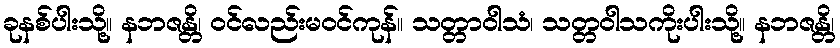
ခုနစ်ပါးသို့။ နဘဇန္တိ၊ ဝင်လည်းမဝင်ကုန်။ သတ္တာဝါသံ၊ သတ္တဝါသကိုးပါးသို့။ နဘဇန္တိ၊